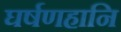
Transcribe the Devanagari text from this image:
घर्षणहानि